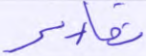
تقارير